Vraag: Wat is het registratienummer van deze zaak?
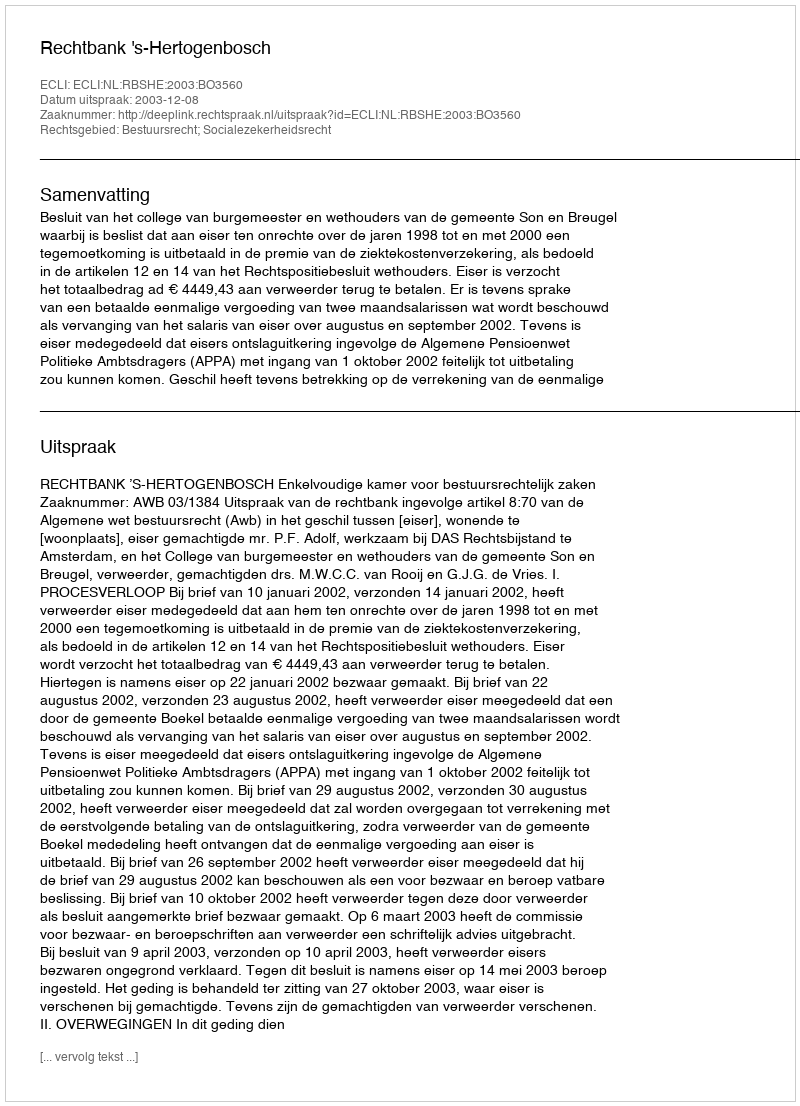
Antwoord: http://deeplink.rechtspraak.nl/uitspraak?id=ECLI:NL:RBSHE:2003:BO3560